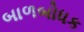
બાળબોધક